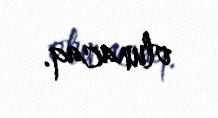
olunacaq.